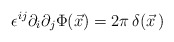
\begin{align*}\epsilon^{ij} \partial_{i}\partial_{j}\Phi(\vec{x}) = 2\pi \, \delta(\vec{x}\, )\end{align*}